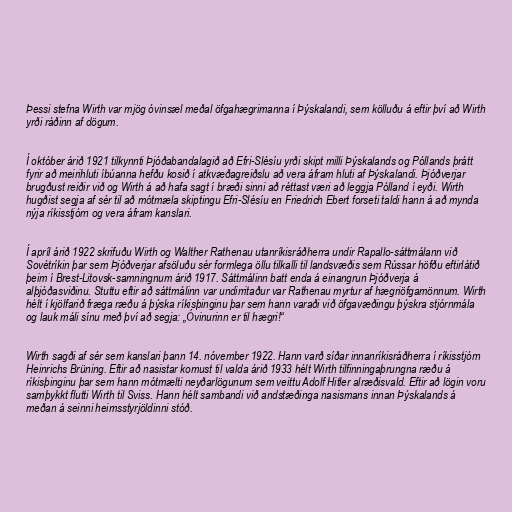
Þessi stefna Wirth var mjög óvinsæl meðal öfgahægrimanna í Þýskalandi, sem kölluðu á eftir því að Wirth
yrði ráðinn af dögum.

Í október árið 1921 tilkynnti Þjóðabandalagið að Efri-Slésíu yrði skipt milli Þýskalands og Póllands þrátt
fyrir að meirihluti íbúanna hefðu kosið í atkvæðagreiðslu að vera áfram hluti af Þýskalandi. Þjóðverjar
brugðust reiðir við og Wirth á að hafa sagt í bræði sinni að réttast væri að leggja Pólland í eyði. Wirth
hugðist segja af sér til að mótmæla skiptingu Efri-Slésíu en Friedrich Ebert forseti taldi hann á að mynda
nýja ríkisstjórn og vera áfram kanslari.

Í apríl árið 1922 skrifuðu Wirth og Walther Rathenau utanríkisráðherra undir Rapallo-sáttmálann við
Sovétríkin þar sem Þjóðverjar afsöluðu sér formlega öllu tilkalli til landsvæðis sem Rússar höfðu eftirlátið
þeim í Brest-Litovsk-samningnum árið 1917. Sáttmálinn batt enda á einangrun Þjóðverja á
alþjóðasviðinu. Stuttu eftir að sáttmálinn var undirritaður var Rathenau myrtur af hægriöfgamönnum. Wirth
hélt í kjölfarið fræga ræðu á þýska ríkisþinginu þar sem hann varaði við öfgavæðingu þýskra stjórnmála
og lauk máli sínu með því að segja: „Óvinurinn er til hægri!“

Wirth sagði af sér sem kanslari þann 14. nóvember 1922. Hann varð síðar innanríkisráðherra í ríkisstjórn
Heinrichs Brüning. Eftir að nasistar komust til valda árið 1933 hélt Wirth tilfinningaþrungna ræðu á
ríkisþinginu þar sem hann mótmælti neyðarlögunum sem veittu Adolf Hitler alræðisvald. Eftir að lögin voru
samþykkt flutti Wirth til Sviss. Hann hélt sambandi við andstæðinga nasismans innan Þýskalands á
meðan á seinni heimsstyrjöldinni stóð.